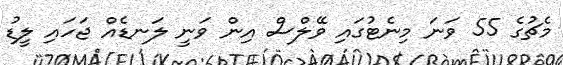
މެޗުގެ 55 ވަނަ މިނެޓުގައި ވޭލްސް އިން ވަނީ ލަނޑެއް ޖަހައި ލީޑު